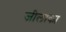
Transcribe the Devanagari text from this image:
जीलाका